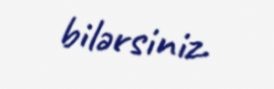
bilərsiniz.